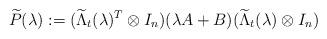
LaTeX: \begin{align*}\widetilde{P}(\lambda):=(\widetilde{\Lambda}_t(\lambda)^T\otimes I_n)(\lambda A+B)(\widetilde{\Lambda}_t(\lambda)\otimes I_n)\end{align*}